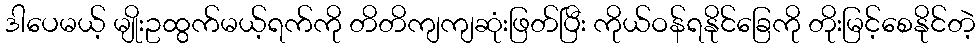
ဒါပေမယ့် မျိုးဥထွက်မယ့်ရက်ကို တိတိကျကျဆုံးဖြတ်ပြီး ကိုယ်ဝန်ရနိုင်ခြေကို တိုးမြင့်စေနိုင်တဲ့